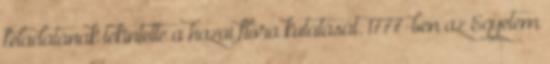
feladatának tekintette a hazai flóra kutatását. 1777-ben az Egyetem